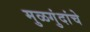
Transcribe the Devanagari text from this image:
मुळगुंदांचे